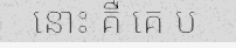
នោះ គឺ គេ ប